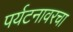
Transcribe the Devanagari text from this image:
पर्यटनावरचा